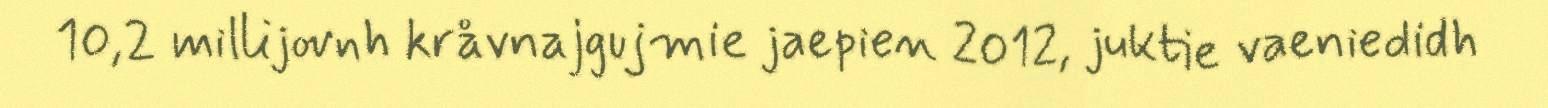
10,2 millijovnh kråvnajgujmie jaepien 2012, juktie vaeniedidh